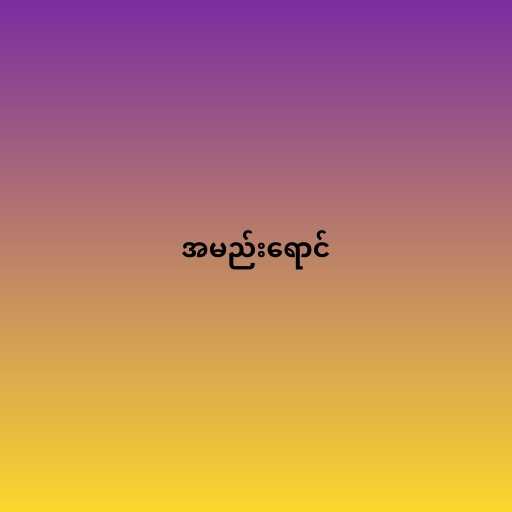
အမည်းရောင်